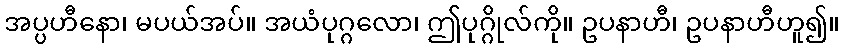
အပ္ပဟီနော၊ မပယ်အပ်။ အယံပုဂ္ဂလော၊ ဤပုဂ္ဂိုလ်ကို။ ဥပနာဟီ၊ ဥပနာဟီဟူ၍။